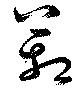
箱